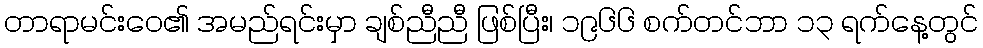
တာရာမင်းဝေ၏ အမည်ရင်းမှာ ချစ်ညီညီ ဖြစ်ပြီး၊ ၁၉၆၆ စက်တင်ဘာ ၁၃ ရက်နေ့တွင်